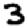
Digit: 3